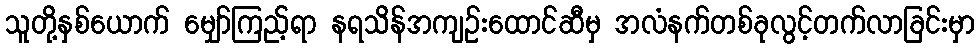
သူတို့နှစ်ယောက် မျှော်ကြည့်ရာ နရသိန်အကျဉ်းထောင်ဆီမှ အလံနက်တစ်ခုလွင့်တက်လာခြင်းမှာ